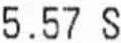
5.57 S